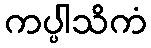
ကပ္ပါသိကံ